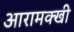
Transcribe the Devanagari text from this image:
आरामक्खी